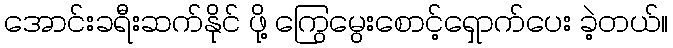
အောင်းခရီးဆက်နိုင် ဖို့ ကြွေမွေးစောင့်ရှောက်ပေး ခဲ့တယ်။